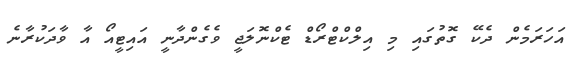
އަހަރަމެން ދެކޭ ގޮތުގައި މި އިލްކްޓްރޯޑް ޓެކްނޮލަޖީ ވެގެންދާނީ އައިޓީއޯ އާ ވާދަކުރާނެ